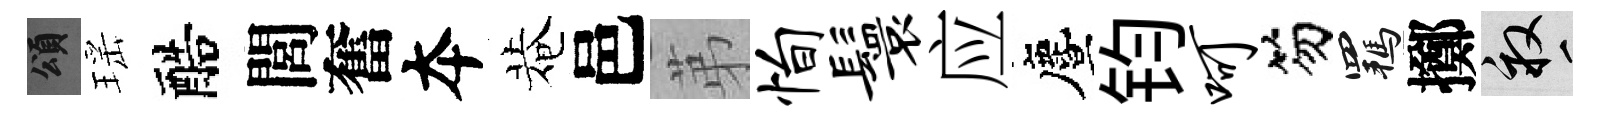
頌瑶醅閭奮夲菴邑苐恂鬟应󵨌钧呵笏羈擲畝